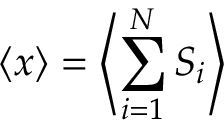
\langle x \rangle = \left\langle \sum _ { i = 1 } ^ { N } S _ { i } \right\rangle